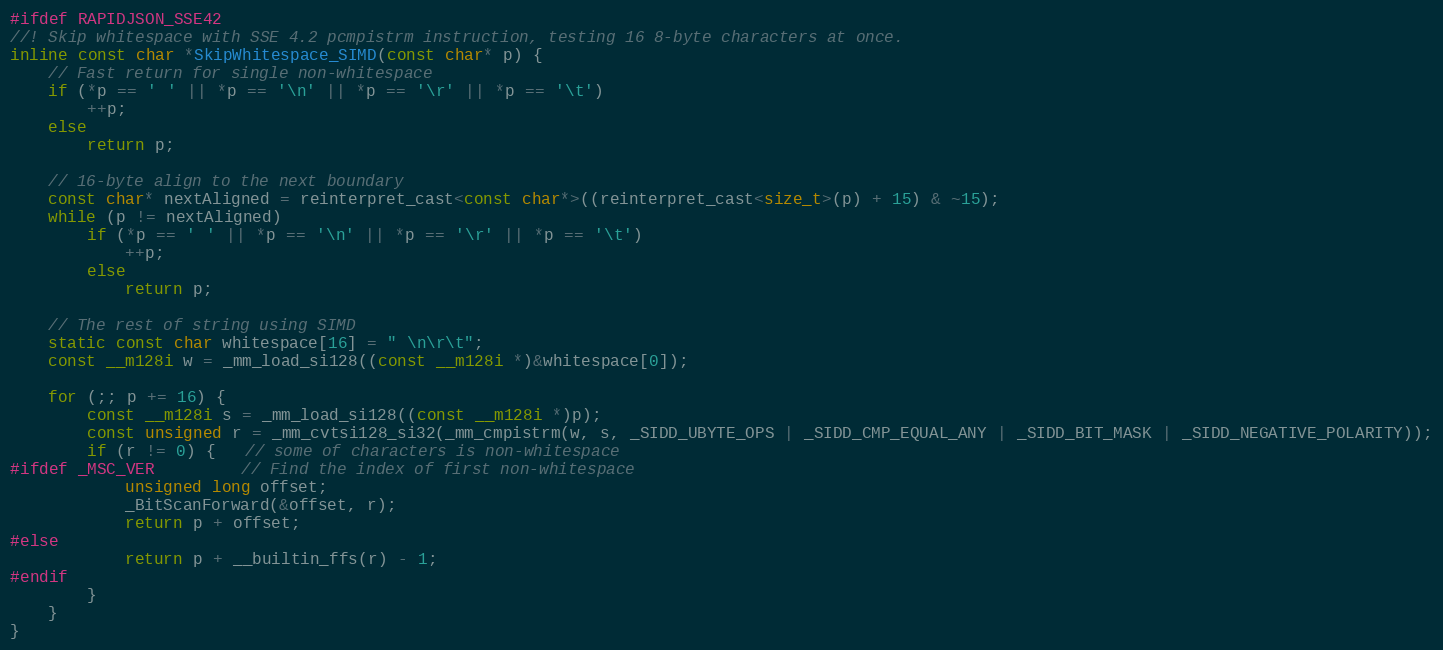
Language: C
#ifdef RAPIDJSON_SSE42
//! Skip whitespace with SSE 4.2 pcmpistrm instruction, testing 16 8-byte characters at once.
inline const char *SkipWhitespace_SIMD(const char* p) {
	// Fast return for single non-whitespace
	if (*p == ' ' || *p == '\n' || *p == '\r' || *p == '\t')
		++p;
	else
		return p;

	// 16-byte align to the next boundary
	const char* nextAligned = reinterpret_cast<const char*>((reinterpret_cast<size_t>(p) + 15) & ~15);
	while (p != nextAligned)
		if (*p == ' ' || *p == '\n' || *p == '\r' || *p == '\t')
			++p;
		else
			return p;

    // The rest of string using SIMD
	static const char whitespace[16] = " \n\r\t";
	const __m128i w = _mm_load_si128((const __m128i *)&whitespace[0]);

    for (;; p += 16) {
        const __m128i s = _mm_load_si128((const __m128i *)p);
        const unsigned r = _mm_cvtsi128_si32(_mm_cmpistrm(w, s, _SIDD_UBYTE_OPS | _SIDD_CMP_EQUAL_ANY | _SIDD_BIT_MASK | _SIDD_NEGATIVE_POLARITY));
        if (r != 0) {   // some of characters is non-whitespace
#ifdef _MSC_VER         // Find the index of first non-whitespace
            unsigned long offset;
            _BitScanForward(&offset, r);
            return p + offset;
#else
            return p + __builtin_ffs(r) - 1;
#endif
        }
    }
}